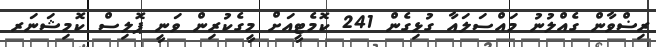
ރިޟްވާން ގެއްލުނު މައްސަލައާ ގުޅިގެން 241 ކޮމެޓީއަށް މީގެކުރިން ވަނީ ޕޮލިސް ކޮމިޝަނަރ